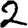
Digit: 2